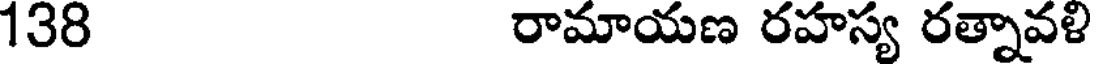
138 రామాయణ రహస్య రత్నావళి